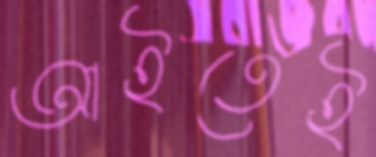
আইতেই